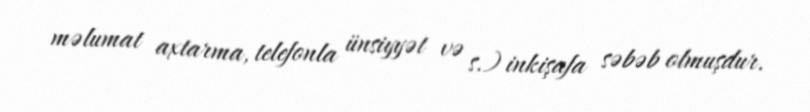
məlumat axtarma, telefonla ünsiyyət və s.) inkişafa səbəb olmuşdur.